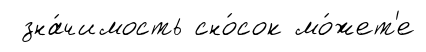
зна́чимость сно́сок мо́жет'е